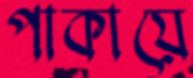
পাকায়ে